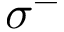
\sigma ^ { - }